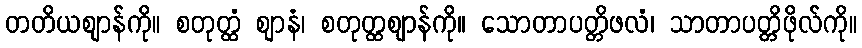
တတိယဈာန်ကို။ စတုတ္ထံ ဈာနံ၊ စတုတ္ထဈာန်ကို။ သောတာပတ္တိဖလံ၊ သာတာပတ္တိဖိုလ်ကို။